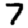
Digit: 7